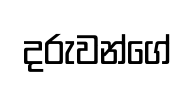
දරුවන්ගේ